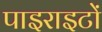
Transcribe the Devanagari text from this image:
पाइराइटों